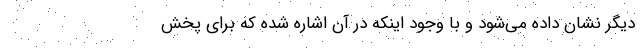
دیگر نشان داده می‌شود و با وجود اینکه در آن اشاره شده که برای پخش